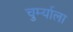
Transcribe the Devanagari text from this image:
चुर्म्याला